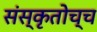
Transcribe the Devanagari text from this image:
संस्कृतोच्च